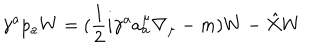
\gamma ^ { a } p _ { a } W = ( \frac { 1 } { 2 } i \gamma ^ { a } a _ { a } ^ { \mu } \nabla _ { \mu } - m ) W - \hat { X } W